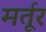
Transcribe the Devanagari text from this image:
मर्तूर